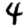
Digit: 4